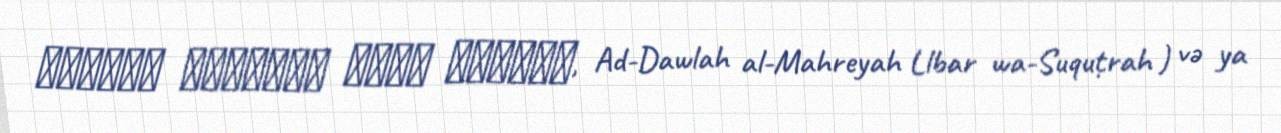
الدولة المهرية للبر وسقطرى, Ad-Dawlah al-Mahreyah Llbar wa-Suquṭrah ) və ya